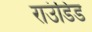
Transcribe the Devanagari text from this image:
राउंडिड